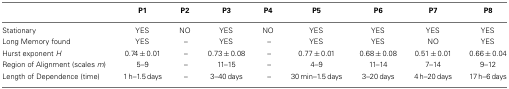
<table><thead><tr><td>[EMPTY_CELL]</td><td><b>P1</b></td><td><b>P2</b></td><td><b>P3</b></td><td><b>P4</b></td><td><b>P5</b></td><td><b>P6</b></td><td><b>P7</b></td><td><b>P8</b></td></tr></thead><tbody><tr><td>Stationary</td><td>YES</td><td>NO</td><td>YES</td><td>NO</td><td>YES</td><td>YES</td><td>YES</td><td>YES</td></tr><tr><td>Long Memory found</td><td>YES</td><td>–</td><td>YES</td><td>–</td><td>YES</td><td>YES</td><td>NO</td><td>YES</td></tr><tr><td>Hurst exponent <i>H</i></td><td>0.74 ± 0.01</td><td>–</td><td>0.73 ± 0.08</td><td>–</td><td>0.77 ± 0.01</td><td>0.68 ± 0.08</td><td>0.51 ± 0.01</td><td>0.66 ± 0.04</td></tr><tr><td>Region of Alignment (scales <i>m</i>)</td><td>5–9</td><td>–</td><td>11–15</td><td>–</td><td>4–9</td><td>11–14</td><td>7–14</td><td>9–12</td></tr><tr><td>Length of Dependence (time)</td><td>1 h–1.5 days</td><td>–</td><td>3–40 days</td><td>–</td><td>30 min–1.5 days</td><td>3–20 days</td><td>4 h–20 days</td><td>17 h–6 days</td></tr></tbody></table>